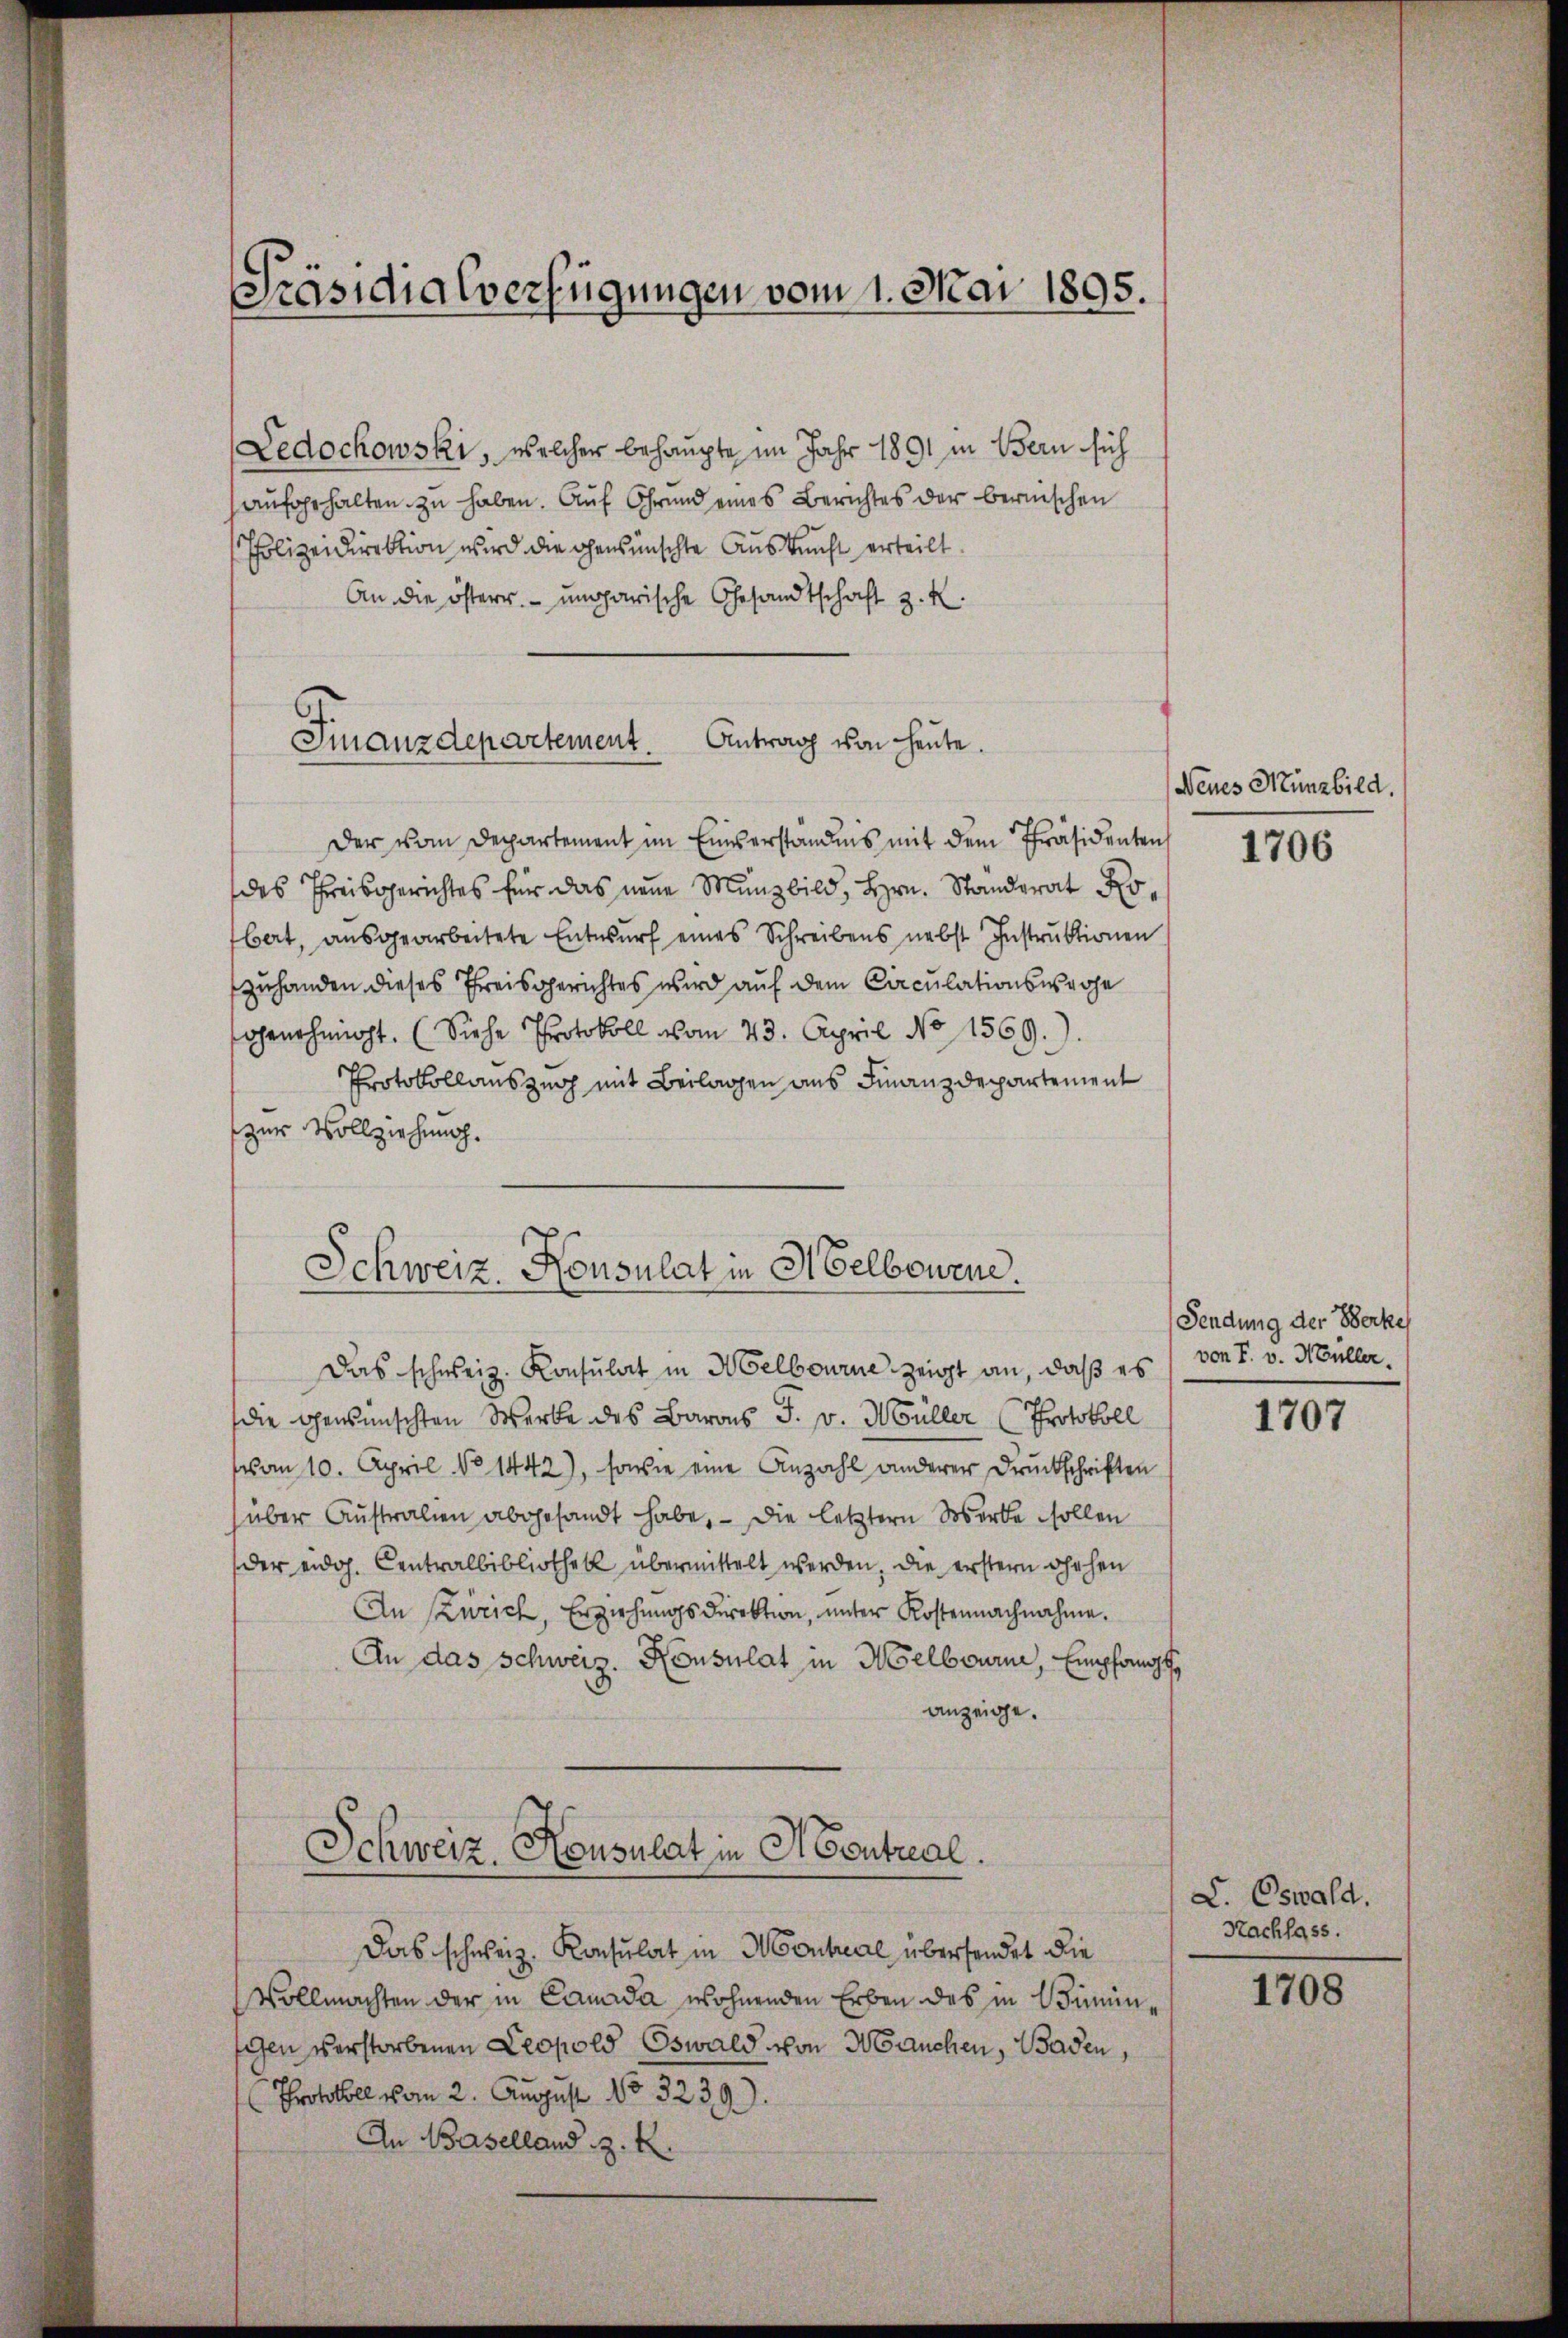
Präsidialverfügungen vom 1. Mai 1895.

Ledochowski, welcher behaupte im Jahr 1891 in Bern sich
aufgehalten zu haben. Auf Grund eines Berichtes der bernischen
Polizeidirektion wird die gewünschte Auskunft erteilt.
An die österr. ungarische Gesandtschaft z. K.
Finanzdepartement. Antrag von heute.

Der vom Departement im Einverständnis mit dem Präsidentens
des Preisgerichtes für das neue Münzbild, Hrn. Standerat Robert, ausgearbeitete Entwurf eines Schreibens nebst Instruktionen
zuhanden dieses Preisgerichtes wird auf dem Circulationswache
ahrnehmigt. (Siehe Protokoll vom 23. April No 11569).
Protokollauszug mit Beilagen aus Finanzdepartement
zur Vollziehung.
Das schweiz. Konsulat in Melbourne zeigt an, daß es
die gewünschten Werke des Barons F. v. Müller (Protokoll
von 10. April No 1442), sowie eine Anzahl anderer Druckschriften
über Australien abgesandt habe, – die letztern Werke sollen
der eidg. Centralbibliothek übermittelt werden, die erstern ohehen
An Zürich, Erziehungsdirektion, unter Kostennachnahme.
An das Schweiz. Konsulat in Melbourni, Empfang f
anzeige.
Schweiz. Konsulat in Neutral.
Das schweiz. Konsulat in Monheal übersendet die
Vollmachten der in Canada wohnenden Erben des in Süninschen verstorbenen Leopold Oswald von Manchen, Baden,
Protokoll vom 2. August No 3239).
An Baselland z. R.

Schweiz. Konsulat in Helbouene.

Neues Münzbild.

1706

Sendung der Berke
von F. v. Müller.

1

1707

L. Oswald.
Nachlass.

1708